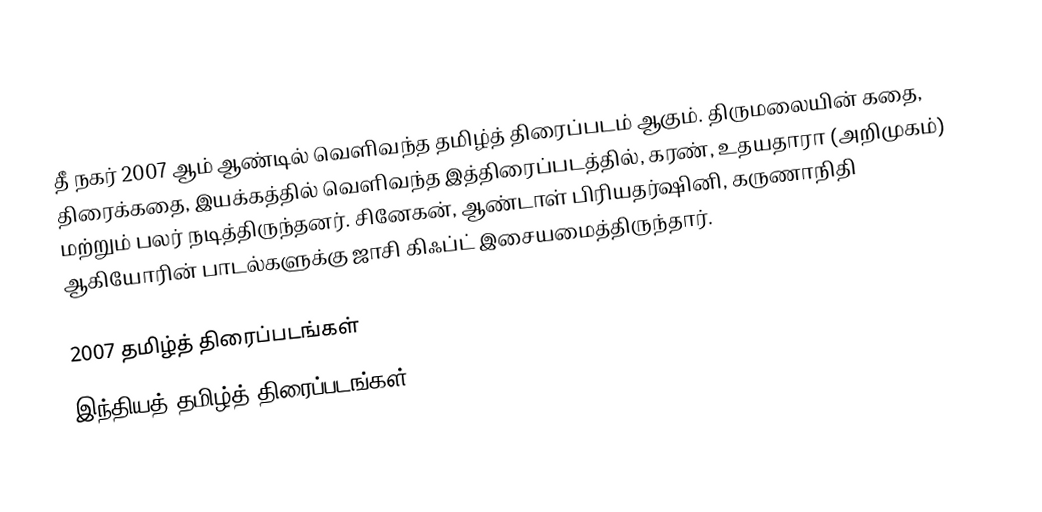
தீ நகர் 2007 ஆம் ஆண்டில் வெளிவந்த தமிழ்த் திரைப்படம் ஆகும். திருமலையின் கதை, திரைக்கதை, இயக்கத்தில் வெளிவந்த இத்திரைப்படத்தில்,  கரண், உதயதாரா (அறிமுகம்) மற்றும் பலர் நடித்திருந்தனர். சினேகன், ஆண்டாள் பிரியதர்ஷினி, கருணாநிதி ஆகியோரின் பாடல்களுக்கு ஜாசி கிஃப்ட் இசையமைத்திருந்தார்.

2007 தமிழ்த் திரைப்படங்கள்
இந்தியத் தமிழ்த் திரைப்படங்கள்